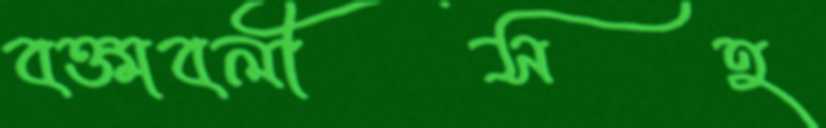
বক্তাবলীসহ